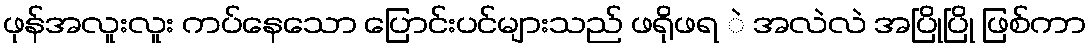
ဖုန်အလူးလူး ကပ်နေသော ပြောင်းပင်များသည် ဖရိုဖရ ဲ အလဲလဲ အပြိုပြို ဖြစ်ကာ